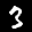
Label: 3